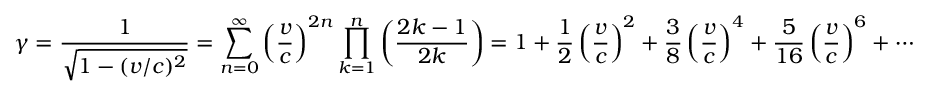
\gamma = { \frac { 1 } { \sqrt { 1 - ( v / c ) ^ { 2 } } } } = \sum _ { n = 0 } ^ { \infty } \left( { \frac { v } { c } } \right) ^ { 2 n } \prod _ { k = 1 } ^ { n } \left( { \frac { 2 k - 1 } { 2 k } } \right) = 1 + { \frac { 1 } { 2 } } \left( { \frac { v } { c } } \right) ^ { 2 } + { \frac { 3 } { 8 } } \left( { \frac { v } { c } } \right) ^ { 4 } + { \frac { 5 } { 1 6 } } \left( { \frac { v } { c } } \right) ^ { 6 } + \cdots